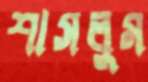
শাসলুম